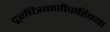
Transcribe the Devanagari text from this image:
दूरचित्रवाणीवाहिन्या